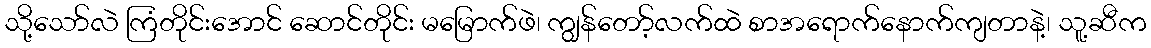
သို့သော်လဲ ကြံတိုင်းအောင် ဆောင်တိုင်း မမြောက်ဖဲ၊ ကျွန်တော့်လက်ထဲ စာအရောက်နောက်ကျတာနဲ့၊ သူ့ဆီက